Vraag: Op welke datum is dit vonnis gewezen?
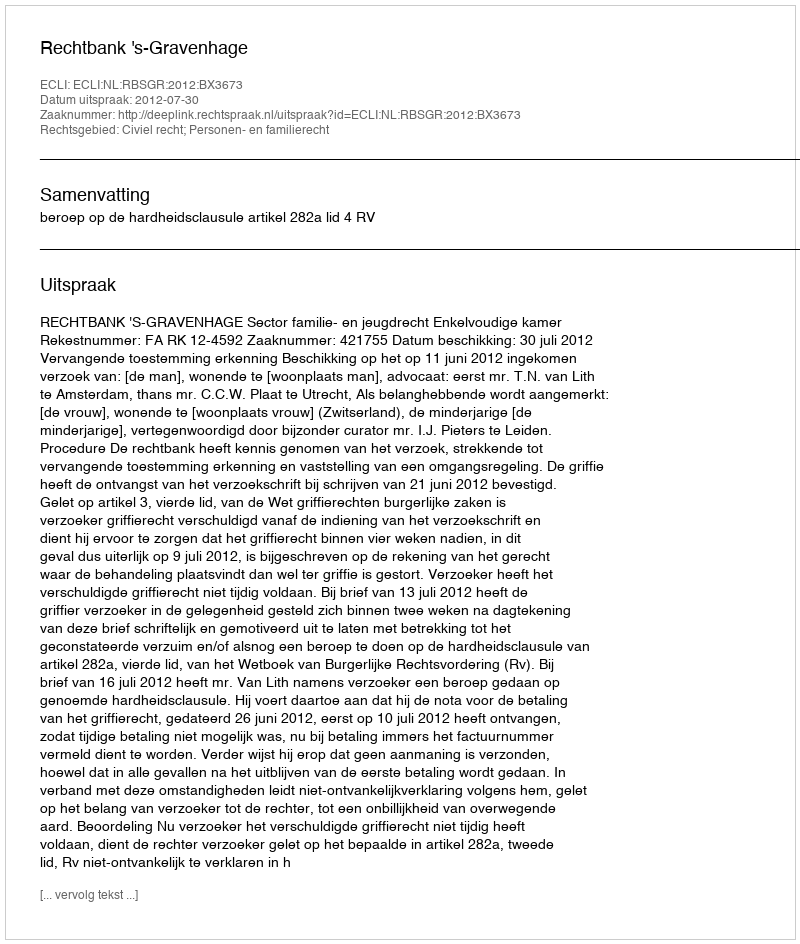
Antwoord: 2012-07-30